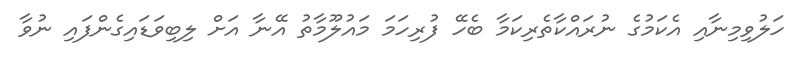
ހަލުވިމިނާއި އެކަމުގެ ނުރައްކާތެރިކަމާ ބެހޭ ފުރިހަމަ މައުލޫމާތު އޭނާ އަށް ލިބިވަޑައިގެންފައި ނުވާ